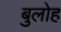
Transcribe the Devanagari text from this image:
बुलोह